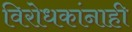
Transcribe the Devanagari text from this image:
विरोधकांनाही